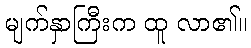
မျက်နှာကြီးက ထူ လာ၏။